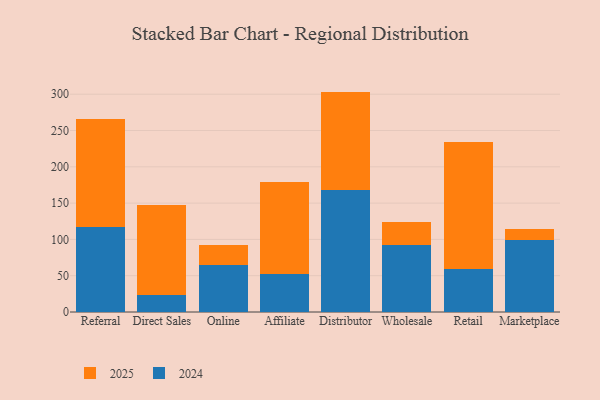
{"axis": {"x": "Channel", "y": "Humidity (%)"}, "legend": ["2024", "2025"], "data": [{"x": "Referral", "y": 149.4, "type": "2025"}, {"x": "Referral", "y": 116.7, "type": "2024"}, {"x": "Direct Sales", "y": 123.7, "type": "2025"}, {"x": "Direct Sales", "y": 23.5, "type": "2024"}, {"x": "Online", "y": 27.6, "type": "2025"}, {"x": "Online", "y": 65.0, "type": "2024"}, {"x": "Affiliate", "y": 127.1, "type": "2025"}, {"x": "Affiliate", "y": 52.5, "type": "2024"}, {"x": "Distributor", "y": 135.8, "type": "2025"}, {"x": "Distributor", "y": 167.8, "type": "2024"}, {"x": "Wholesale", "y": 32.4, "type": "2025"}, {"x": "Wholesale", "y": 92.1, "type": "2024"}, {"x": "Retail", "y": 175.1, "type": "2025"}, {"x": "Retail", "y": 59.7, "type": "2024"}, {"x": "Marketplace", "y": 14.5, "type": "2025"}, {"x": "Marketplace", "y": 99.5, "type": "2024"}]}